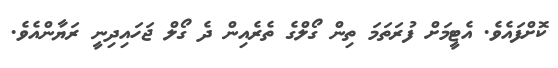
ކޮށްފައެވެ. އެޓީމަށް ފުރަތަމަ ތިން ގޯލްގެ ތެރެއިން ދެ ގޯލް ޖަހައިދިނީ ރަޔާންއެވެ.